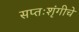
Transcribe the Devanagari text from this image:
सप्तःशृंगीचे